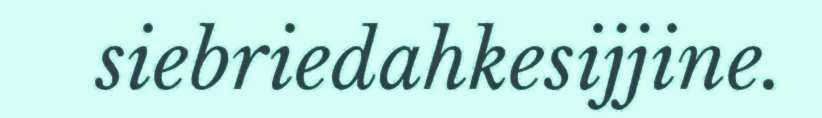
siebriedahkesijjine.